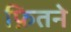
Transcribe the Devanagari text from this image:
फ़ितने